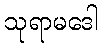
သုရာမဒေါ